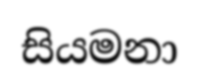
සියමනා